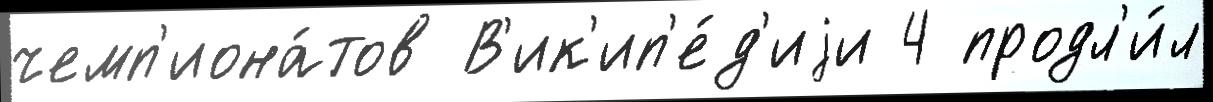
чемп'иона́тов В'ик'ип'е́д'иjи 4 продл'и́л